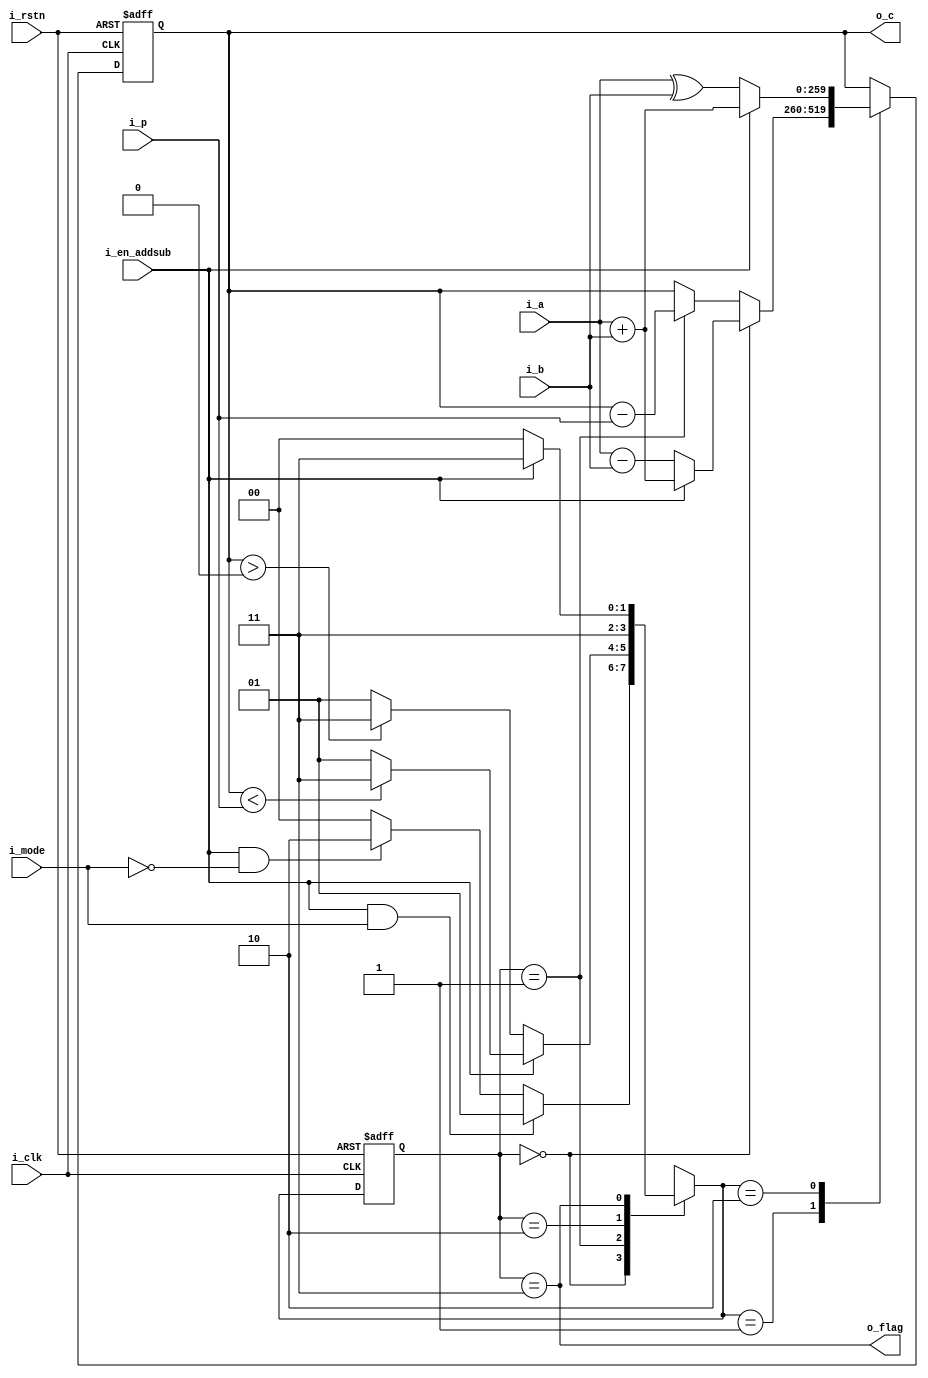
//the fsm of the mod add
module mmm_mod_add #(
    parameter                   WIDTH       =   260
)(
    //system signals
    input                       i_clk,
    input                       i_rstn,
    //input signals
    input                       i_en_addsub,    //1:mod add 0:mod sub
    input   [WIDTH-1:0]         i_a,
    input   [WIDTH-1:0]         i_b,
    input                       i_mode,
    input   [WIDTH-1:0]         i_p,

    //output signals
    output  [WIDTH-1:0]         o_c,
    output                      o_flag
);
    //localparam of the fsm
    localparam                  IDLE    =   2'b00;
    localparam                  S1      =   2'b01;
    localparam                  S2      =   2'b10;
    localparam                  OUT     =   2'b11;

    //defiantion of the wire and reg
    reg     [1:0]               cur_sta;
    reg     [1:0]               nxt_sta;

    reg                         en_addsub;
    reg                         mode;

    reg     [WIDTH-1:0]         a;
    reg     [WIDTH-1:0]         b;
    reg     [WIDTH-1:0]         p;
    reg     [WIDTH-1:0]         c;

    always @(*) begin
        a                   =   i_a;
        b                   =   i_b;
        p                   =   i_p;
        en_addsub           =   i_en_addsub;
        mode                =   i_mode;
    end

    //the main code of the fsm
    //first stage
    always @(posedge i_clk or negedge i_rstn) begin
        if(!i_rstn) 
            cur_sta         <=  IDLE;
        else
            cur_sta         <=  nxt_sta;
    end
    //secode stage
    always @(*) begin
        nxt_sta             =   IDLE;
        case(cur_sta)
            IDLE : begin
                if(en_addsub && mode)
                    nxt_sta =   S1;
                else if(en_addsub && !mode)
                    nxt_sta =   S2;
                else
                    nxt_sta =   IDLE;
            end

            S1 : begin
                if(en_addsub) begin
                    if(c < p)
                        nxt_sta =   OUT;
                    else
                        nxt_sta =   S1;
                end
                else begin
                    if(c > 0)
                        nxt_sta =   OUT;
                    else
                        nxt_sta =   S1;
                end
            end

            S2 : begin
                nxt_sta     =   OUT;
            end

            OUT : begin
                if(!en_addsub)
                    nxt_sta =   IDLE;
                else
                    nxt_sta =   OUT;
            end
        endcase
    end
    //third stage
    always @(posedge i_clk or negedge i_rstn) begin
        if(!i_rstn) begin
            c           <=  {(WIDTH){1'b0}};
        end
        else begin
            case (nxt_sta)
                S1 : begin
                    if(cur_sta == IDLE) begin
                        if(en_addsub)
                            c   <=  a + b;
                        else
                            c   <=  a - b;
                    end
                    else if(cur_sta == S1) begin
                        if(en_addsub)
                            c   <=  c - p;
                        else
                            c   <=  c - p;
                    end
                end

                S2 : begin
                    if(en_addsub)
                        c   <=  a + b;
                    else
                        c   <=  a ^ b;
                end

                OUT : begin
                    c   <=  c;
                end
            endcase
        end
    end

    assign  o_c     =   c;
    assign  o_flag  =   cur_sta == OUT;

endmodule